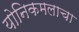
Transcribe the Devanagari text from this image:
योनिकमलाचा